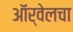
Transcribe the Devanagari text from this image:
ऑर्वेलचा